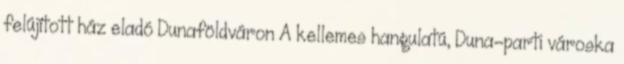
felújított ház eladó Dunaföldváron A kellemes hangulatú, Duna-parti városka